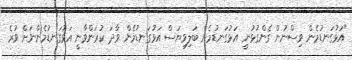
"އަޅުގަނޑުމެން ވިސްނުން ގެންގުޅުނީ އަޅުގަނޑުމެން ބަލިވިޔަސް އަޅުގަނޑުމެން ވާދަ ކުރަންވާނީ އަޅުގަނޑުމެންނަށް ވުރެ